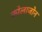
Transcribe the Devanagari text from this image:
कोलाजोन